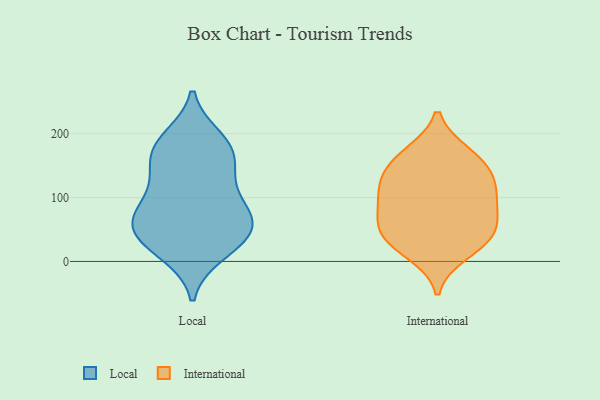
{"axis": {"x": "Demand Index", "y": "Value"}, "legend": ["International", "Local"], "data": [{"x": "", "y": 78, "type": "Local"}, {"x": "", "y": 96, "type": "Local"}, {"x": "", "y": 49, "type": "Local"}, {"x": "", "y": 57, "type": "Local"}, {"x": "", "y": 55, "type": "Local"}, {"x": "", "y": 192, "type": "Local"}, {"x": "", "y": 30, "type": "Local"}, {"x": "", "y": 110, "type": "Local"}, {"x": "", "y": 47, "type": "Local"}, {"x": "", "y": 11, "type": "Local"}, {"x": "", "y": 157, "type": "Local"}, {"x": "", "y": 166, "type": "Local"}, {"x": "", "y": 128, "type": "Local"}, {"x": "", "y": 56, "type": "Local"}, {"x": "", "y": 78, "type": "Local"}, {"x": "", "y": 13, "type": "Local"}, {"x": "", "y": 194, "type": "Local"}, {"x": "", "y": 181, "type": "Local"}, {"x": "", "y": 153, "type": "Local"}, {"x": "", "y": 96, "type": "International"}, {"x": "", "y": 13, "type": "International"}, {"x": "", "y": 167, "type": "International"}, {"x": "", "y": 169, "type": "International"}, {"x": "", "y": 115, "type": "International"}, {"x": "", "y": 120, "type": "International"}, {"x": "", "y": 45, "type": "International"}, {"x": "", "y": 47, "type": "International"}, {"x": "", "y": 147, "type": "International"}, {"x": "", "y": 45, "type": "International"}, {"x": "", "y": 134, "type": "International"}, {"x": "", "y": 82, "type": "International"}, {"x": "", "y": 27, "type": "International"}, {"x": "", "y": 78, "type": "International"}]}